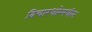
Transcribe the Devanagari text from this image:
विचारधारेमधील